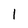
Character: 1